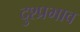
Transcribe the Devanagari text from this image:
दुश्प्रभाव